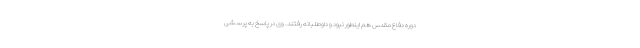
دوره دفاع مقدس هم اینطور نبود و داوطلبانه رفتند. وی در پاسخ به پرسشی